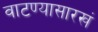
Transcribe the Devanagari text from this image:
वाटण्यासारखं